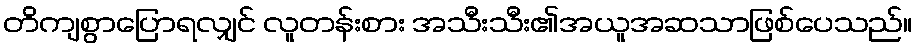
တိကျစွာပြောရလျှင် လူတန်းစား အသီးသီး၏အယူအဆသာဖြစ်ပေသည်။